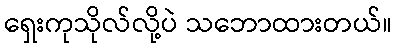
ရှေးကုသိုလ်လို့ပဲ သဘောထားတယ်။